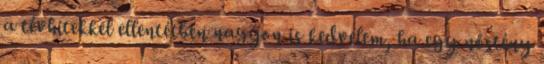
a tévhitekkel ellentétben nagyon is kedvelem, ha egy nőstény